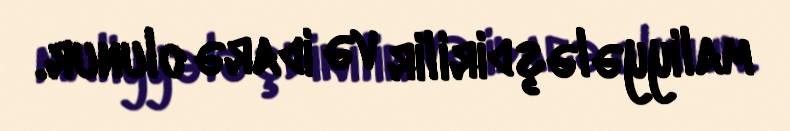
maliyyələşdirilir və idarə olunur.